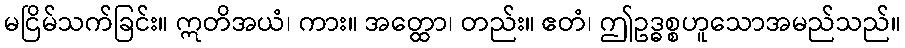
မငြိမ်သက်ခြင်း။ ဣတိအယံ၊ ကား။ အတ္ထော၊ တည်း။ ဧတံ၊ ဤဥဒ္ဓစ္စဟူသောအမည်သည်။